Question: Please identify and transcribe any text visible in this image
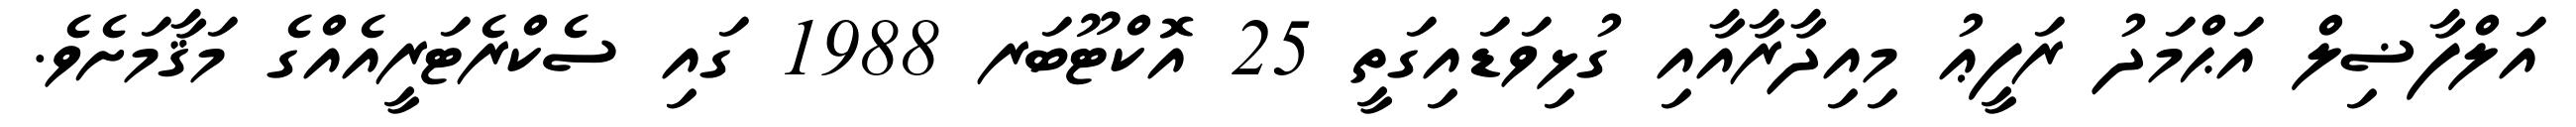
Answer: އަލްފާޟިލް އަޙްމަދު ރަފީޢު މިއިދާރާއާއި ގުޅިވަޑައިގަތީ 25 އޮކްޓޫބަރ 1988 ގައި ސެކްރެޓަރީއެއްގެ މަޤާމަށެވެ.